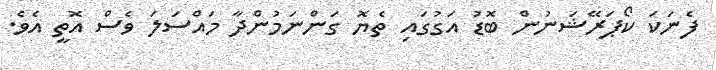
ފެނަކަ ކޯޕަރޭޝަނުން ބޮޑު އަގުގައި ތެޔޮ ގަންނަމުންދާ މައްސަލަ ވެސް އޮތީ އެވެ.